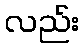
လည်း